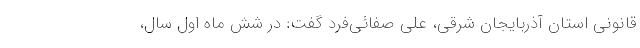
قانونی استان آذربایجان شرقی، علی صفائی‌فرد گفت: در شش ماه اول سال،